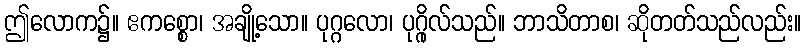
ဤလောက၌။ ဧကစ္စော၊ အချို့သော။ ပုဂ္ဂလော၊ ပုဂ္ဂိုလ်သည်။ ဘာသိတာစ၊ ဆိုတတ်သည်လည်း။